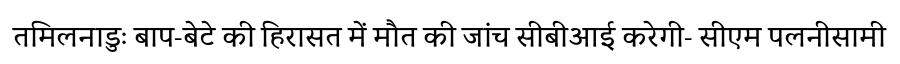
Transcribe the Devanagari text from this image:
तमिलनाडुः बाप-बेटे की हिरासत में मौत की जांच सीबीआई करेगी- सीएम पलनीसामी